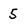
Character: 5